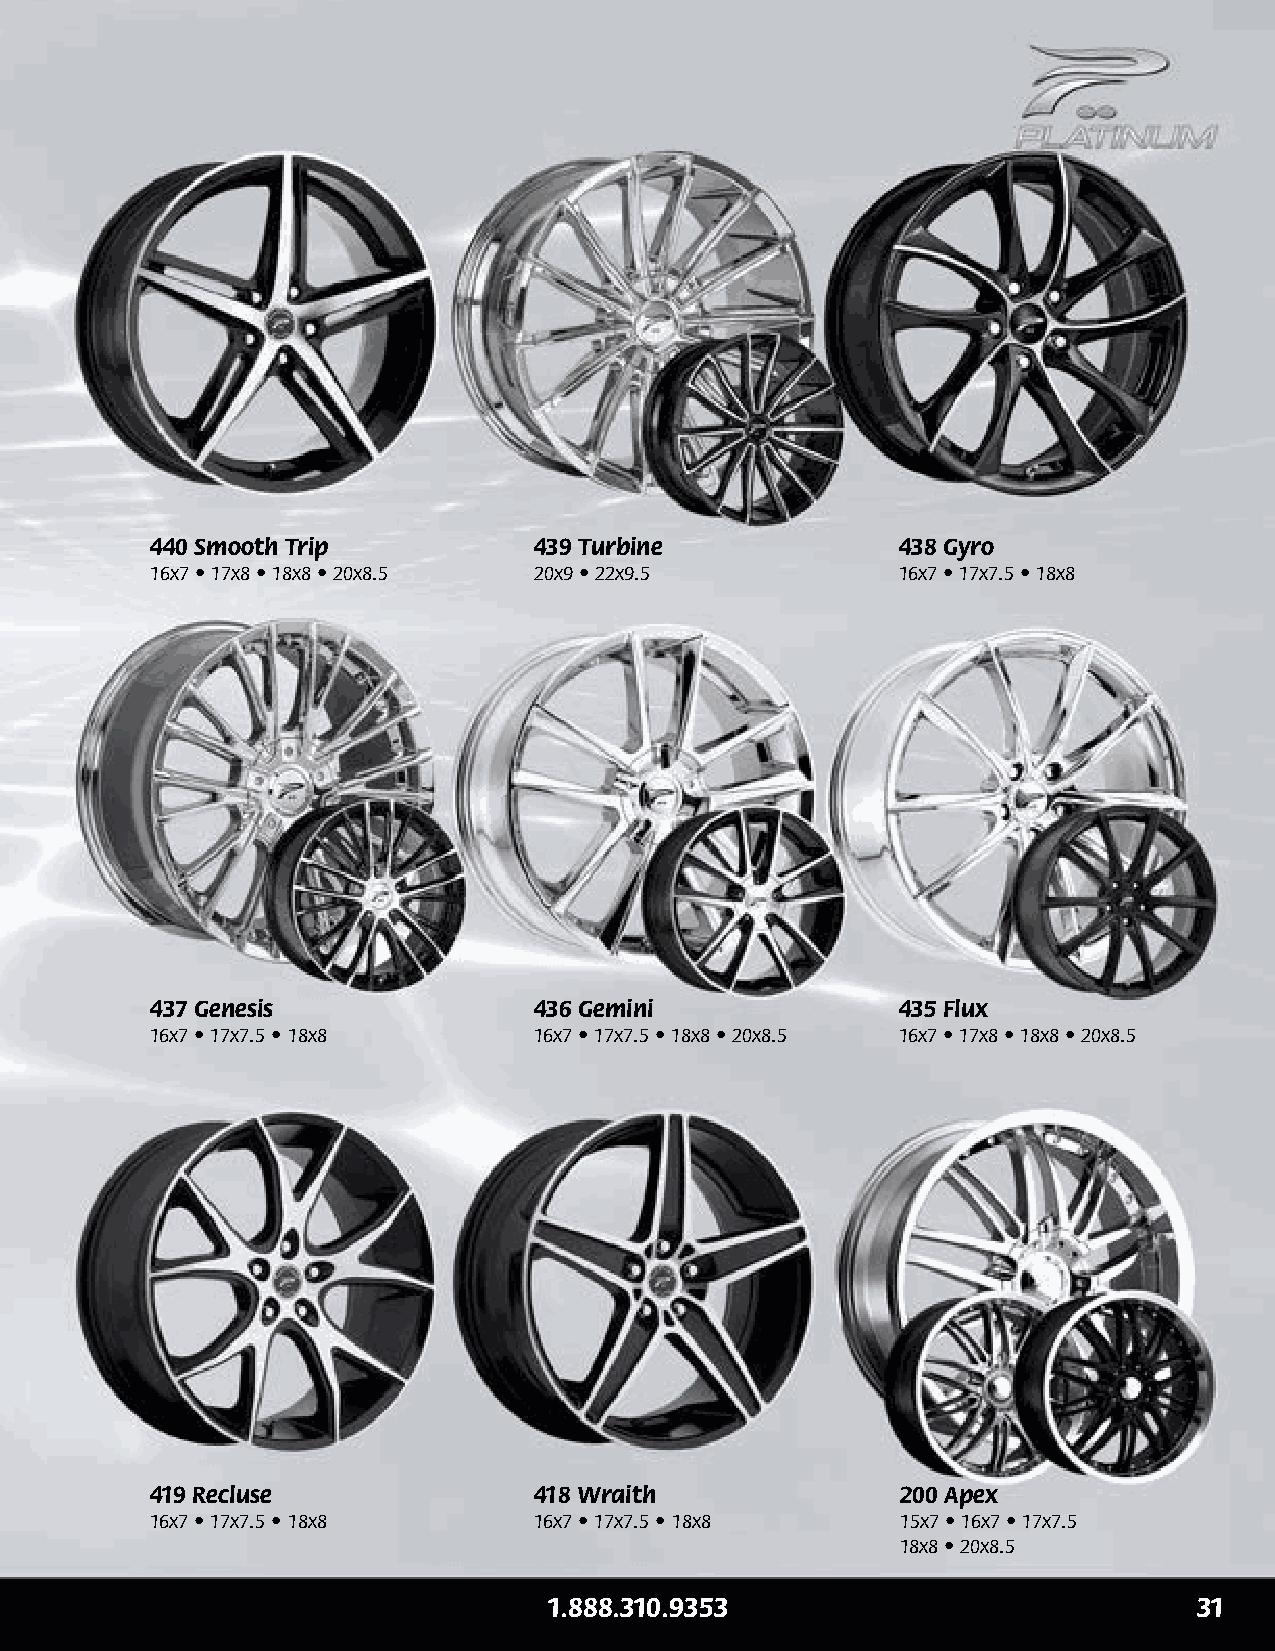
440 Smooth Trip          439 Turbine             438 Gyro
 16x7 • 17x8 • 18x8 • 20x8.5 20x9 • 22x9.5        16x7 • 17x7.5 • 18x8
 437 Genesis              436 Gemini              435 Flux
 16x7 • 17x7.5 • 18x8     16x7 • 17x7.5 • 18x8 • 20x8.5 16x7 • 17x8 • 18x8 • 20x8.5
 419 Recluse              418 Wraith               200 Apex
 16x7 • 17x7.5 • 18x8     16x7 • 17x7.5 • 18x8     15x7 • 16x7 • 17x7.5
 18x8 • 20x8.5
 1.888.310.9353                             31